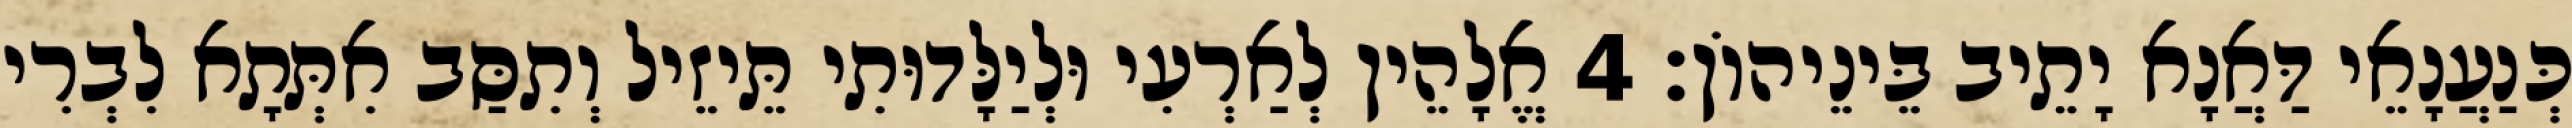
כְּנַעֲנָאֵי דַּאֲנָא יָתֵיב בֵּינֵיהוֹן׃ 4 אֱלָהֵין לְאַרְעִי וּלְיַלָּדוּתִי תֵּיזֵיל וְתִסַּב אִתְּתָא לִבְרִי